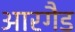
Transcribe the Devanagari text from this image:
आरगैड